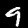
Label: 9